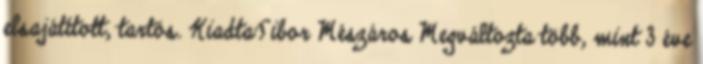
elsajátított, tartós. KiadtaTibor Mészáros Megváltozta több, mint 3 éve